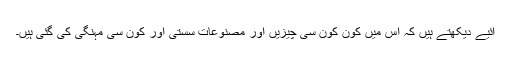
آئیے دیکھتے ہیں کہ اس میں کون کون سی چیزیں اور مصنوعات سستی اور کون سی مہنگی کی گئی ہیں۔